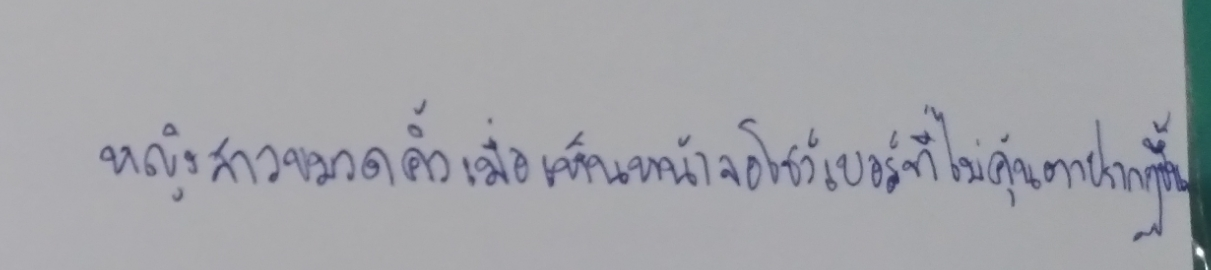
หญิงสาวขมวดคิ้วเมื่อเห็นหน้าจอโชว์เบอร์ที่ไม่คุ้นตาปรากฏขึ้น